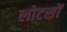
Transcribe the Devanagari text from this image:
लोटसों